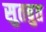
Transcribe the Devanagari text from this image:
सुतबुत